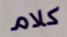
كلام